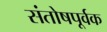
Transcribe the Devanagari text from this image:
संतोषपूर्वक